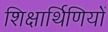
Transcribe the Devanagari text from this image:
शिक्षार्थिणियों